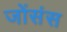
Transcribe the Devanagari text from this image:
जोंसंस